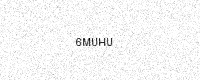
Text: 6MUHU